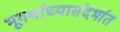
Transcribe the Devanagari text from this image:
भूगर्भाच्यासंदर्भात